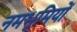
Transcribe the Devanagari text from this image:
नमभूमियों